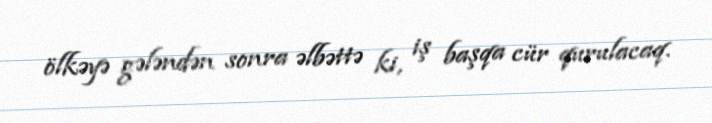
ölkəyə gələndən sonra əlbəttə ki, iş başqa cür qurulacaq.